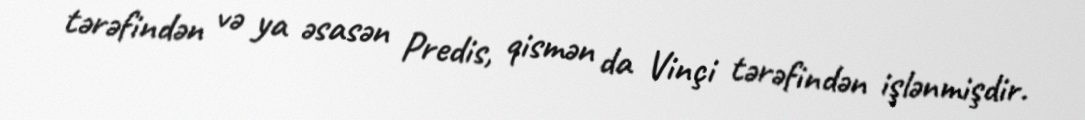
tərəfindən və ya əsasən Predis, qismən da Vinçi tərəfindən işlənmişdir.